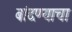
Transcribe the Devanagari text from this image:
बांदण्याचा